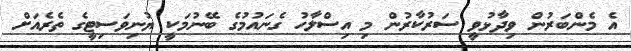
އެ މެންބަރުން ވިދާޅުވީ ސަރުކާރުން މި އިސްލާހު ގެނައުމުގެ ބޭނުމަކީ ޔުނިވަސިޓީގެ ތެރެއަށް